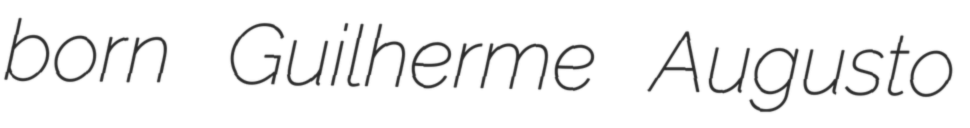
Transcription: born Guilherme Augusto